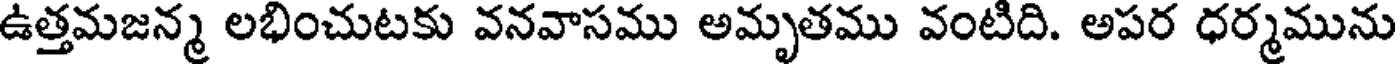
ఉత్తమజన్మ లభించుటకు వనవాసము అమృతము వంటిది. అపర ధర్మమును